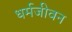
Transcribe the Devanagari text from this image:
धर्मजीवन